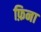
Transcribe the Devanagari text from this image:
फ़िना